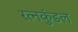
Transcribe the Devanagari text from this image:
रत्नकुंडल